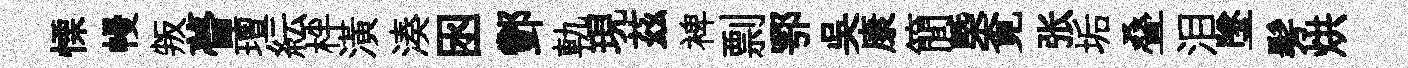
慄幔叛瞢璮紜柈潢湊囦酆軌現茲裨剽鄂吴康簡槩覔张垢叠泪墜髣烘